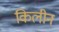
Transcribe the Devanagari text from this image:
किलीन